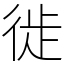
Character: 徙